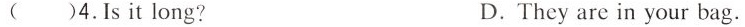
( )4.Is it long? D.They are in your bag.